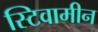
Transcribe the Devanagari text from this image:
स्टिवामीन